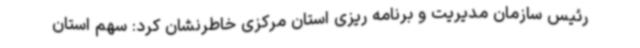
رئیس سازمان مدیریت و برنامه ریزی استان مرکزی خاطرنشان کرد: سهم استان